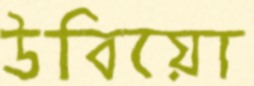
উবিয়ো